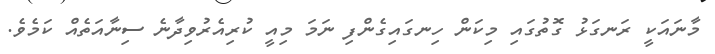
މާނައަކީ ރަނގަޅު ގޮތުގައި މިކަން ހިނގައިގެންފި ނަމަ މިއީ ކުރިއެރުވިދާނެ ސިނާއަތެއް ކަމެވެ.